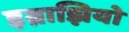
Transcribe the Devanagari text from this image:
इग्नाझियो